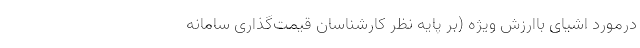
درمورد اشیای باارزش ویژه (بر پایه نظر کارشناسان قیمت‌گذاری سامانه